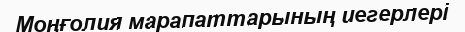
Моңғолия марапаттарының иегерлері